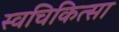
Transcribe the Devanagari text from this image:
स्वचिकित्सा